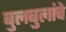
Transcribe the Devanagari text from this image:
बुलबुलांचे